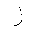
Letter: _zay